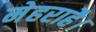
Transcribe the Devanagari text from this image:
मेहराहै।